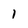
Character: 1